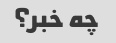
چه خبر؟